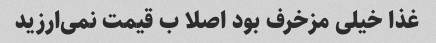
غذا خیلی مزخرف بود اصلا ب قیمت نمی‌ارزید